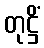
တုဋ္ဌိံ